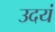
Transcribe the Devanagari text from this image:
उदयं